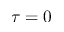
\tau = 0